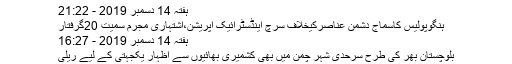
ہفتہ 14 دسمبر 2019 - 21:22
ہنگوپولیس کاسماج دشمن عناصرکیخلاف سرچ اینڈسٹرائیک آپریشن،اشتہاری مجرم سمیت 20گرفتار
ہفتہ 14 دسمبر 2019 - 16:27
بلوچستان بھر کی طرح سرحدی شہر چمن میں بھی کشمیری بھائیوں سے اظہار یکجہتی کے لیے ریلی